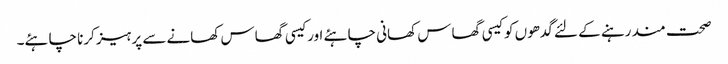
صحت مند رہنے کے لئے گدھوں کو کیسی گھاس کھانی چاہئے اور کیسی گھاس کھانے سے پرہیز کرنا چاہئے۔